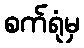
စက်ရုံမှ